Leaving Certificate Examination, 1910
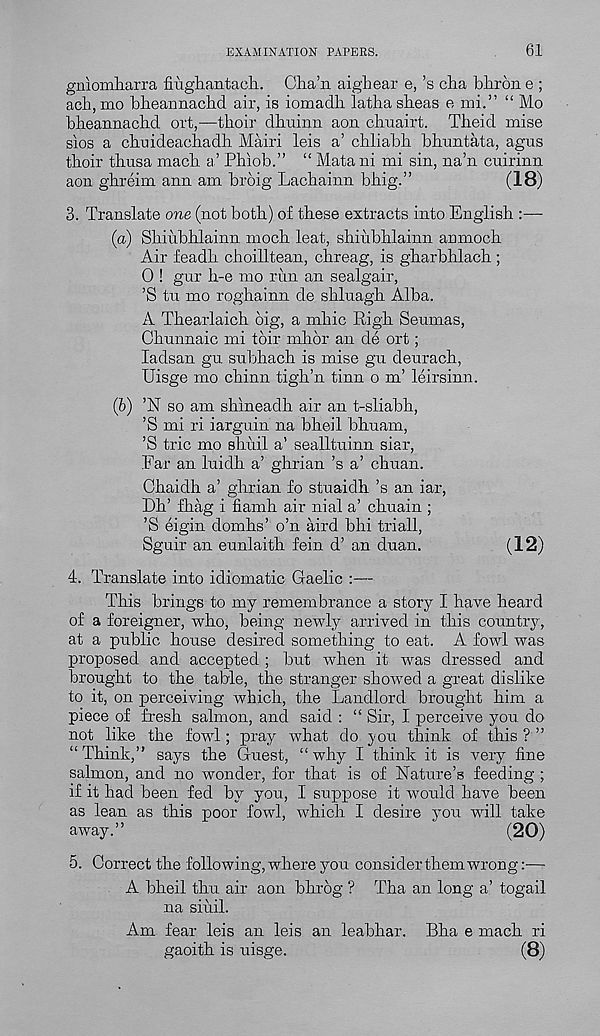
EXAMINATION PAPERS.
61
gnlomharra fiugliantaeli. Cha’ii aighear e, ’s cha bhron e ;
ach, mo bheannachd air, is iomadh latba sheas e mi.” “ Mo
bheannachd ort,—thoir dhuinn aon cfiiairt. Theid mise
sios a chuideachadh Mairi leis a’ chliabh bhuntata, agus
thoir thusa mach a’ Phiob.” “ Matani mi sin, na’n cuirinn
aon ghreim ann am broig Lachainn bhig.”
(18)
3. Translate one (not both) of these extracts into English :—
(a) Shihbhlainn moch leat, shihbhlainn anmoch
Air feadh choilltean, chreag, is gharbhlach ;
0 ! gur h-e mo rim an sealgair,
’S tu mo roghainn de shluagh Alba.
A Thearlaich dig, a mine Righ Seumas,
Chunnaic mi toir mb nr an de ort;
ladsan gu snbhach is mise gu deurach,
Uisge mo chinn tigh’n tinn o m’ leirsinn.
(b) ’N so am shmeadh air an t-sliabh,
’S mi ri iarguin na bheil bhuam,
’S trie mo shiiil a’ sealltuinn siar,
Far an luidh a’ ghrian’s a’ chuan.
Chaidh a’ ghrian fo stuaidh’s an iar,
Dh’ fhag i fiamh air nial a’ chuain ;
’S eigin domhs’ o’n aird bhi triall,
Sguir an ennlaith fein d’ an dnan.
(12)
4. Translate into idiomatic Gaelic :—
This brings to my remembrance a story I have heard
of a foreigner, who, being newly arrived in this country,
at a public house desired something to eat. A fowl was
proposed and accepted ; but when it was dressed and
brought to the table, the stranger showed a great dislike
to it, on perceiving which, the Landlord brought him a
piece of fresh salmon, and said : “ Sir, I perceive you do
not like the fowl; pray what do you think of this ? ”
“ Think,” says the Guest, “ why I think it is very fine
salmon, and no wonder, for that is of Nature’s feeding ;
if it had been fed by you, I suppose it would have been
as lean as this poor fowl, which I desire you will take
away.”
(20)
5. Correct the following, where you consider them wrong:'—
A bheil thu air aon bhrog ? Tha an long a’ togail
na siuil.
Am fear leis an leis an leabhar. Bha e mach ri
gaoith is uisge.
(8)